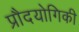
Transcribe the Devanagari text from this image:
प्रौदयोगिकी